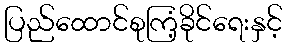
ပြည်ထောင်စုကြံ့ခိုင်ရေးနှင့်